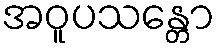
အဝူပသန္တော